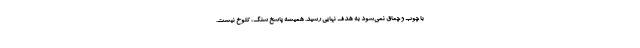
با چوب و چماق نمی‌شود به هدف نهایی رسید. همیشه پاسخ سنگ، کلوخ نیست.